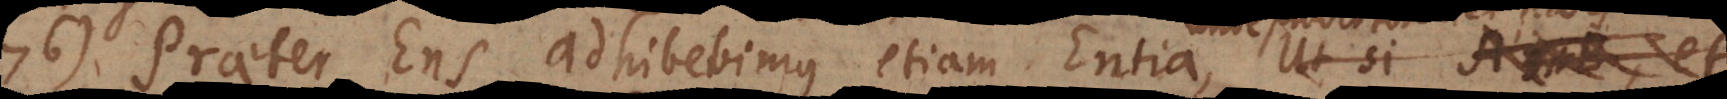
76) Praeter Ens adhibebimus etiam Entia, unde prodit